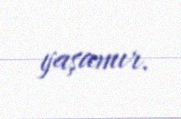
yaşamır.